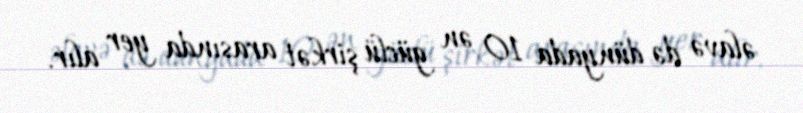
əlavə də dünyada 10 ən güclü şirkət arasında yer alır.